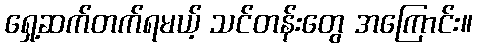
ရှေ့ဆက်တက်ရမယ့် သင်တန်းတွေ အကြောင်း။